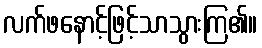
လက်ဖနောင့်ဖြင့်သာသွားကြ၏။